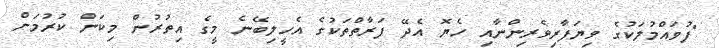
"ފުވައްމުލަކުގެ ވިޔަފާރިވެރިންނާއި ހެޔޮ އެދޭ ފަރާތްތަކުގެ އެހީލިބޭނެ މީގެ އިތުރުން މިކަން ކުރުމަށް